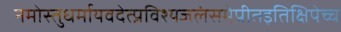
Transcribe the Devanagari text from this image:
नमोस्तुधर्मायवदेत्प्रविश्यजलंसमेप्रीतइतिक्षिपेच्च